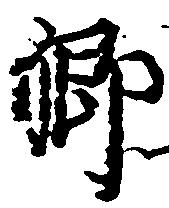
卿